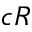
c R